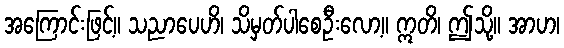
အကြောင်းဖြင့်။ သညာပေဟိ၊ သိမှတ်ပါစေဦးလော့။ ဣတိ၊ ဤသို့။ အာဟ၊